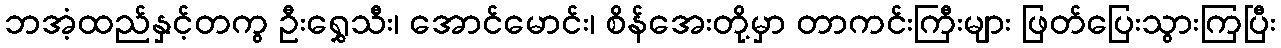
ဘအံ့ထည်နှင့်တကွ ဦးရွှေသီး၊ အောင်မောင်း၊ စိန်အေးတို့မှာ တာကင်းကြီးများ ဖြတ်ပြေးသွားကြပြီး